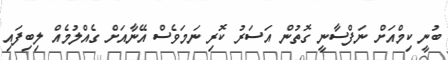
ބުނީ ކިމްއަށް ނަފްސާނީ ގޮތުން އަސަރު ކޮރި ނަމަވެސް އޭނާއަށް ގެއްލުމެއް ލިބިފައި